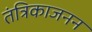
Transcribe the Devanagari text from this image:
तंत्रिकाजनन